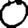
Digit: 0